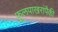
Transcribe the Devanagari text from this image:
फुलपाखरांपैकी